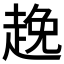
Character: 𮚻